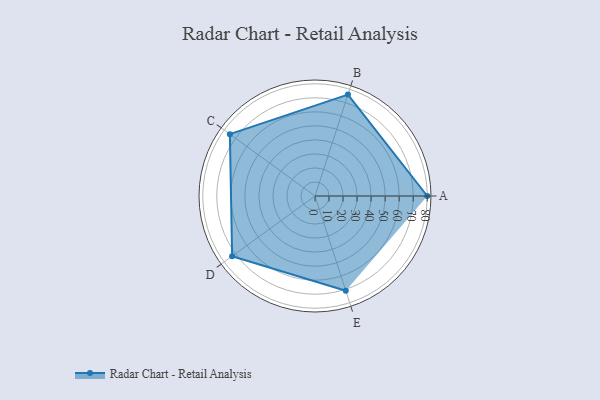
{"axis": {"x": "Skill", "y": "Score"}, "legend": ["Profile"], "data": [{"x": "A", "y": 80.0, "type": "Profile"}, {"x": "B", "y": 76.0, "type": "Profile"}, {"x": "C", "y": 75.0, "type": "Profile"}, {"x": "D", "y": 73.0, "type": "Profile"}, {"x": "E", "y": 71.0, "type": "Profile"}]}